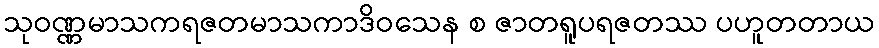
သုဝဏ္ဏမာသကရဇတမာသကာဒိဝသေန စ ဇာတရူပရဇတဿ ပဟူတတာယ